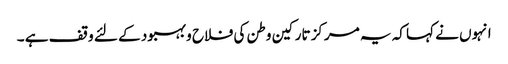
انہوں نے کہا کہ یہ مرکز تارکین وطن کی فلاح و بہبود کے لئے وقف ہے ۔